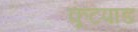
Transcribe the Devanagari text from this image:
कूटपाड